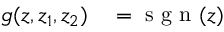
\begin{array} { r l } { g ( z , z _ { 1 } , z _ { 2 } ) } & { { } = \mathrm { ~ s ~ g ~ n ~ } ( z ) } \end{array}